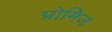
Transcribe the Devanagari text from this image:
प्रोमिज